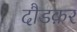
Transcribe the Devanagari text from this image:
दौडक़र